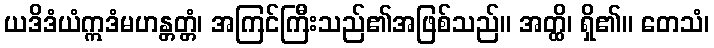
ယဒိဒံယံဣဒံမဟန္တတ္တံ၊ အကြင်ကြီးသည်၏အဖြစ်သည်။ အတ္ထိ၊ ရှိ၏။ တေသံ၊